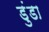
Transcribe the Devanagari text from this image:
डुंडा